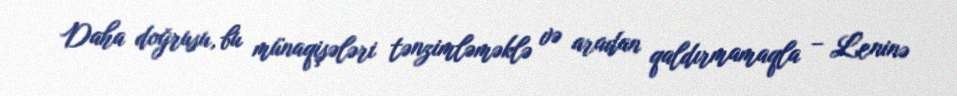
Daha doğrusu, bu münaqişələri tənzimləməklə və aradan qaldırmamaqla – Leninə